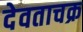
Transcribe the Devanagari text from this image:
देवताचक्र